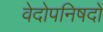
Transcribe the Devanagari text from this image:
वेदोपनिषदों